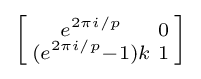
\left[{\begin{smallmatrix}e^{2\pi i/p}&0\\(e^{2\pi i/p}-1)k&1\\\end{smallmatrix}}\right]